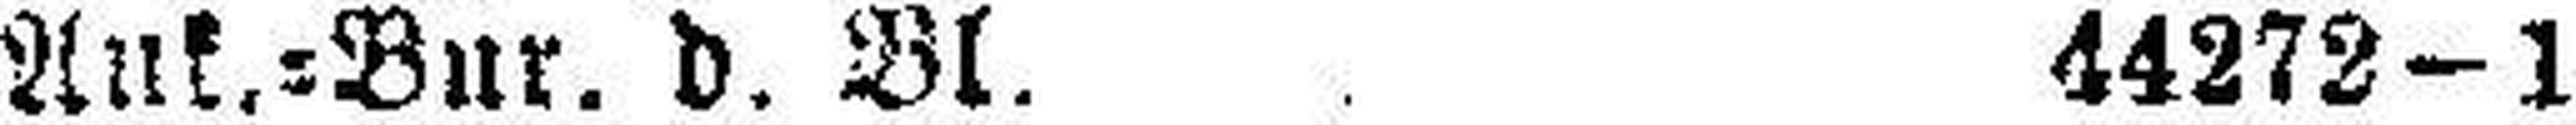
Ank.=Bur. d. Bl. 44272—1